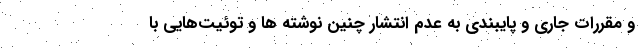
و مقررات جاری و پایبندی به عدم انتشار چنین نوشته ها و توئیت‌هایی با